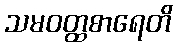
သမဝတ္ထစာရေတိ